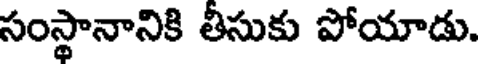
సంస్థానానికి తీసుకు పోయాడు.